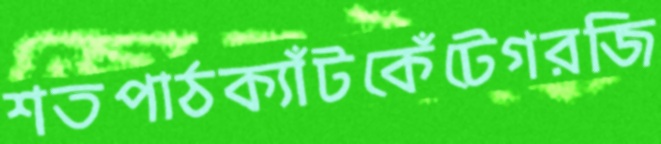
শতপাঠক্যাঁটকেঁটেগরজি